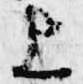
上